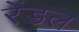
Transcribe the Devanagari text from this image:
रेंडल